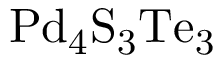
\mathrm { P d _ { 4 } S _ { 3 } T e _ { 3 } }